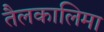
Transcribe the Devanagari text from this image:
तैलकालिमा